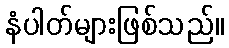
နံပါတ်များဖြစ်သည်။